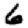
Digit: 6